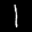
Label: 1